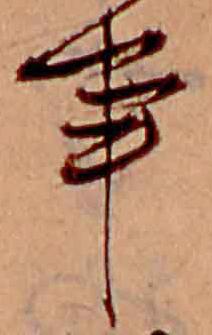
事